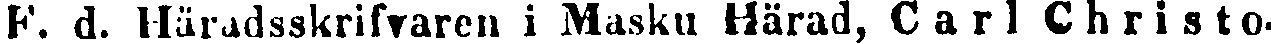
F. d. Häradsskrifvaren i Masku Härad, Carl Christo-